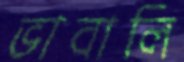
ভাবালি